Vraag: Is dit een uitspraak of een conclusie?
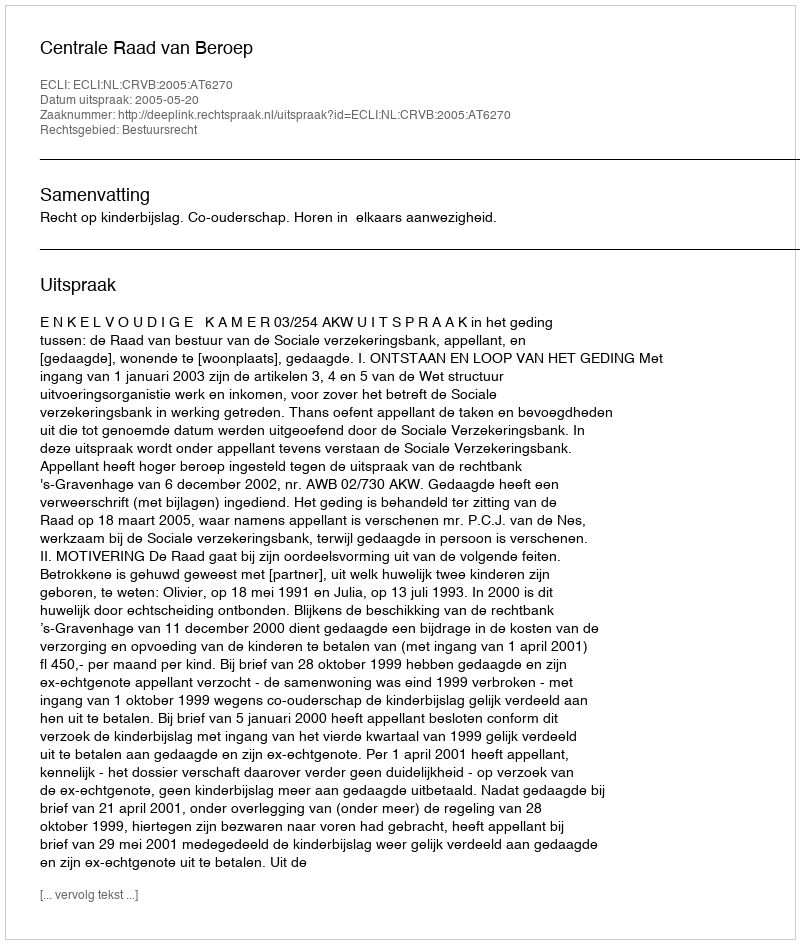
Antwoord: Uitspraak